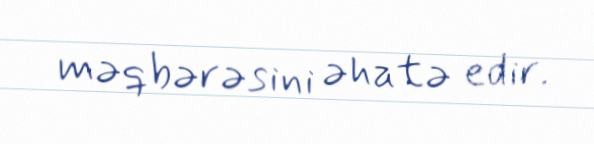
məqbərəsini əhatə edir.